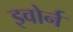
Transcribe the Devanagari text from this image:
इवोर्न